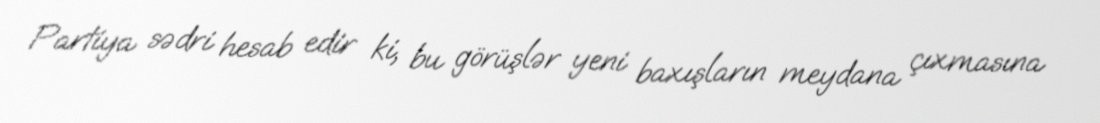
Partiya sədri hesab edir ki, bu görüşlər yeni baxışların meydana çıxmasına